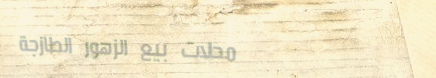
محلات بيع الزهور الطازجة